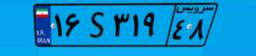
۶۳S۶۲۹۴۳